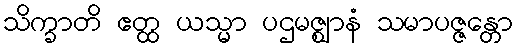
သိက္ခာတိ ဧတ္ထ ယသ္မာ ပဌမဇ္ဈာနံ သမာပဇ္ဇန္တော